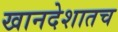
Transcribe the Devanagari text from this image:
खानदेशातच